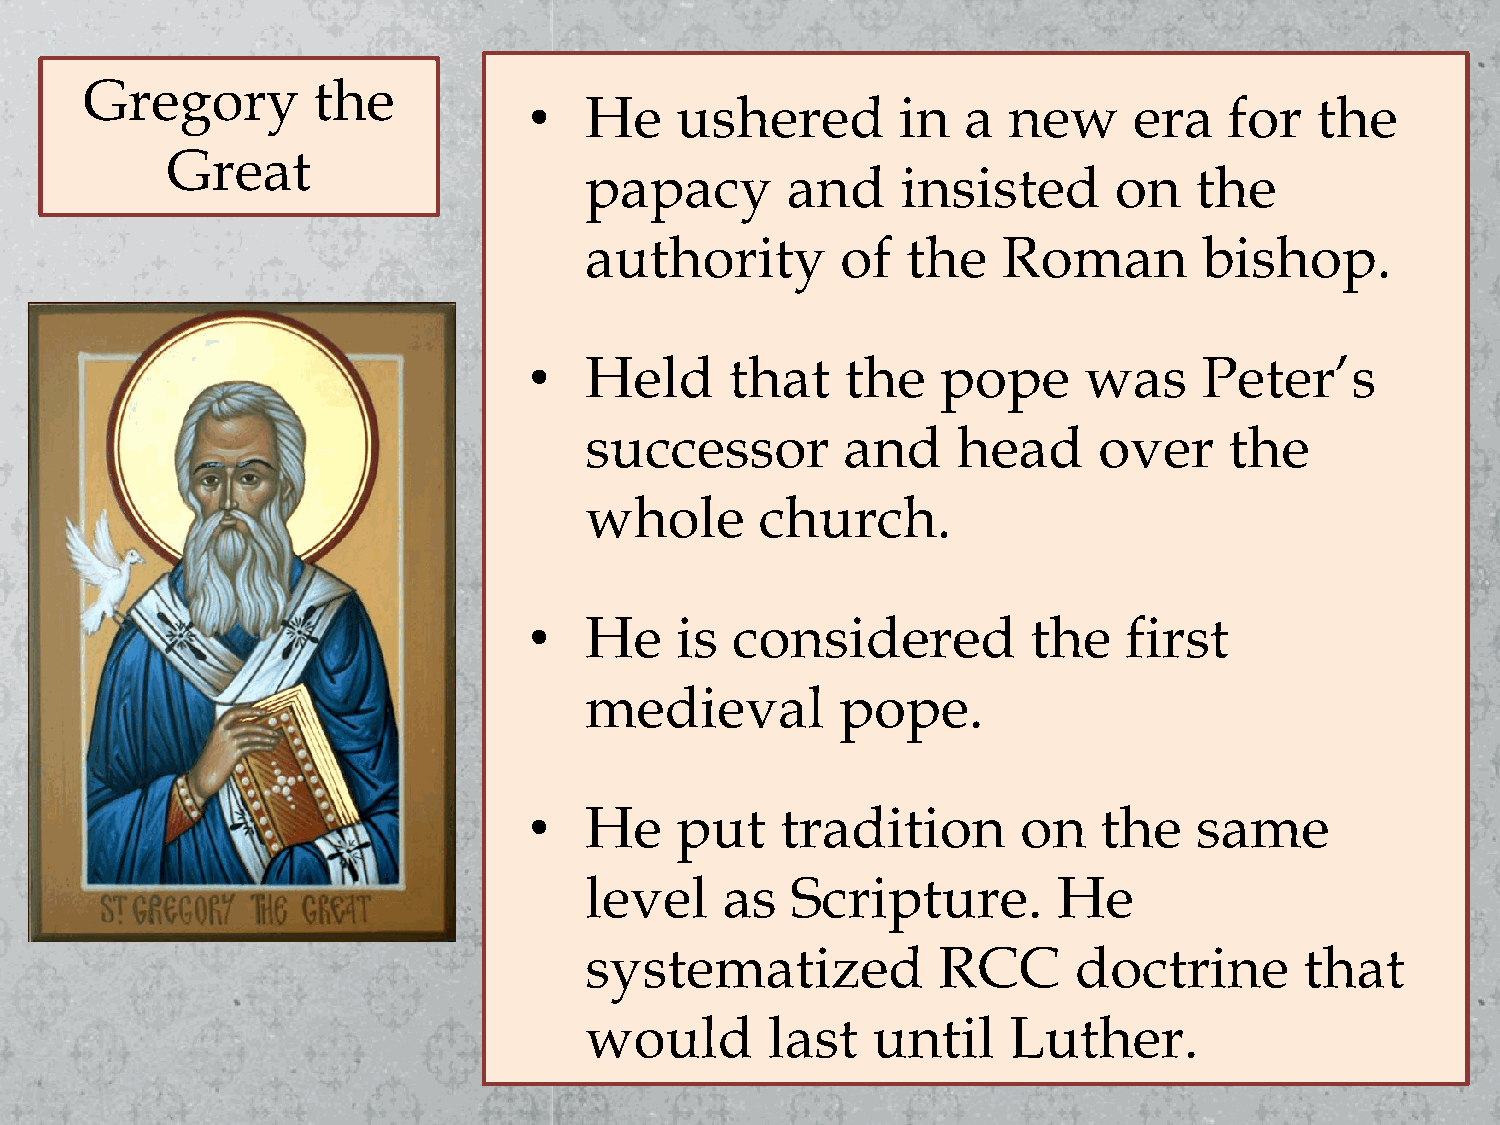
Gregory        the
 •   He    ushered        in  a  new     era   for   the
 Great
 papacy       and     insisted      on   the
 authority        of  the   Roman         bishop.
 •   Held     that    the   pope      was     Peter’s
 successor        and    head      over    the
 whole      church.
 •   He    is  considered         the    first
 medieval         pope.
 •   He    put    tradition       on   the   same
 level    as  Scripture.        He
 systematized           RCC      doctrine       that
 would       last   until    Luther.